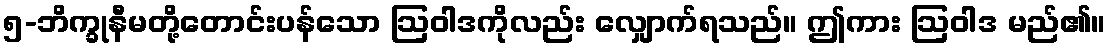
၅-ဘိက္ခုနီမတို့တောင်းပန်သော ဩဝါဒကိုလည်း လျှောက်ရသည်။ ဤကား ဩဝါဒ မည်၏။